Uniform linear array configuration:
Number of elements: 4
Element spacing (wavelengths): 0.25
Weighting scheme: blackman
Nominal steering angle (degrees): -30
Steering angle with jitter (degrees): -31.377
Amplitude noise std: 0.05
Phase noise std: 0.05

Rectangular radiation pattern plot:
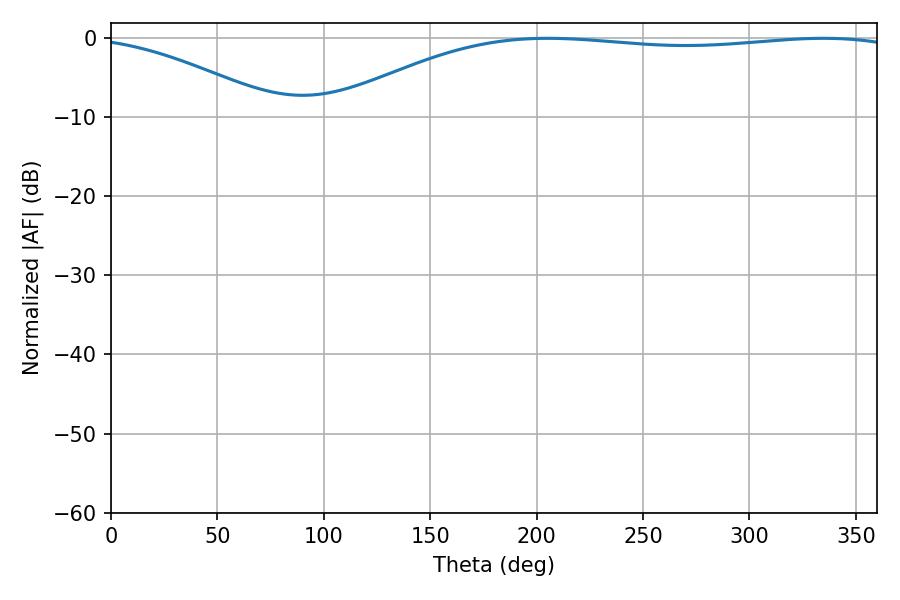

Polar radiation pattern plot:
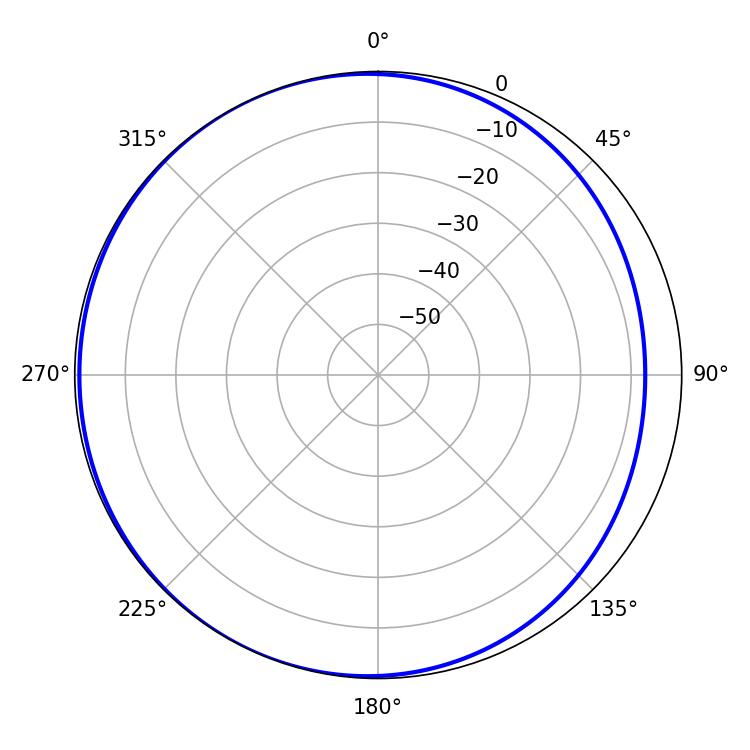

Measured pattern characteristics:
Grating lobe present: FALSE
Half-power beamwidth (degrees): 214.92
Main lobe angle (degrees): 205.2